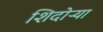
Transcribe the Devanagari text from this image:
शिदोऱ्या